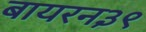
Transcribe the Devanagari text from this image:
बायरन३९